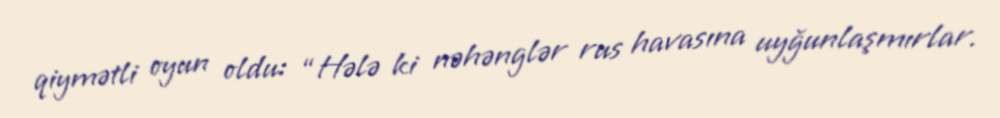
qiymətli oyun oldu: “Hələ ki nəhənglər rus havasına uyğunlaşmırlar.